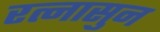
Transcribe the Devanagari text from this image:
रत्‍नासुन